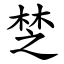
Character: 椘